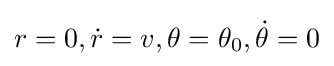
r=0,{\dot {r}}=v,\theta =\theta _{0},{\dot {\theta }}=0